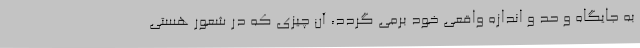
به جایگاه و حد و اندازه واقعی خود برمی گردد، آن چیزی که در شعور هستی